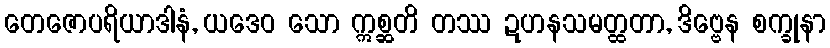
တေဇောပရိယာဒါနံ, ယဒေဝ သော ဣစ္ဆတိ တဿ ဍဟနသမတ္ထတာ, ဒိဗ္ဗေန စက္ခုနာ